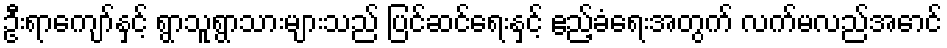
ဦးရာကျော်နှင့် ရွာသူရွာသားများသည် ပြင်ဆင်ရေးနှင့် ဧည့်ခံရေးအတွက် လက်မလည်အောင်